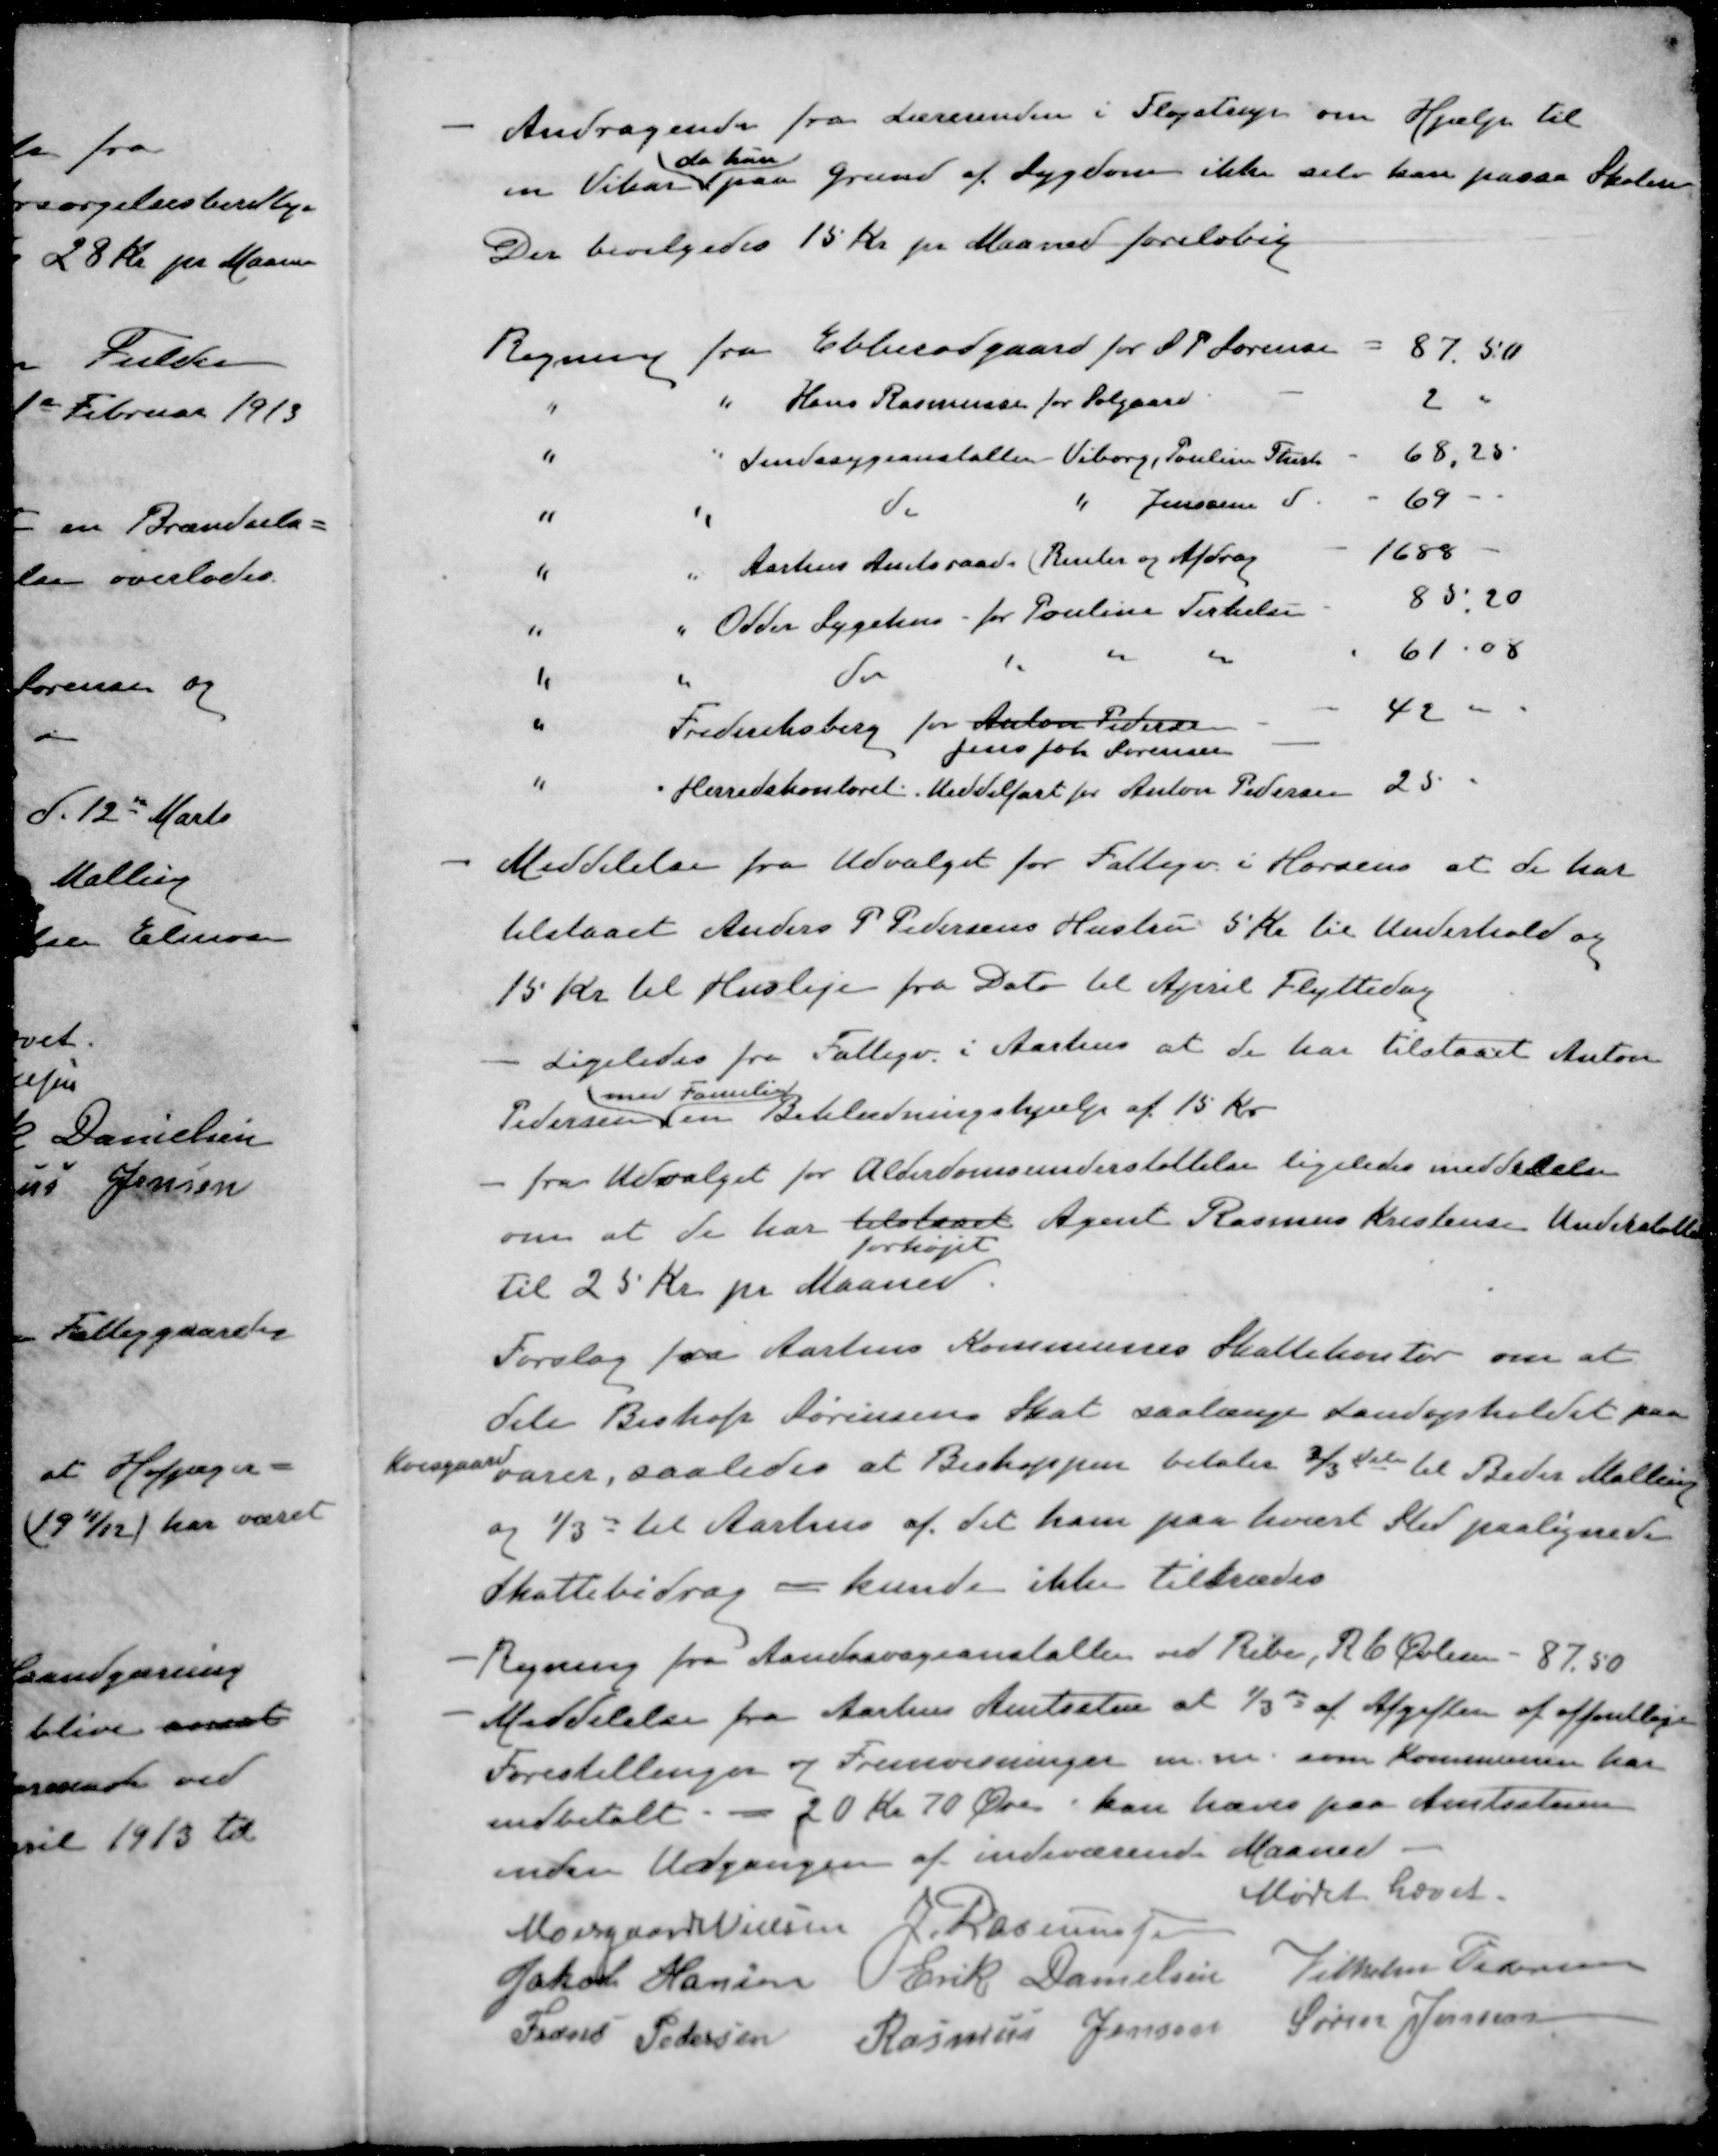
Transskription:
Andragende fra Lærerinden i Fløjstrup om Hjælp til
da hun
en Vikar paa Grund af Sygdom ikke selv kan passe Skolen
Der bevilgedes 15 Kr pr Maaned foreløbig
Regning fra Ebberødgaard for S P Sørensen =  87.50
" " Hans Rasmussen for Solgaard 2
" " Sindssygeanstalten Viborg, Pouline Thista 68,25
" " do " Jensine d 69
" " Aarhus Amtsraad (Renter og Afdrag 1688
" " Odder Sygehus - for Pouline Terkelsen 85,20
" " do " " " 61.08
" Frederiksberg for Anton Pedersen 42
Jens Johs Sørensen
" " Herredskontoret Meddelfart for Anton Pedersen 25
- Meddelelse fra Udvalget for Fattigv. i Horsens at de har
tilstaaet Anders P Pedersens Hustru 5 Kr til Underhold og
15 Kr. til Husleje fra Dato til April Flyttedag
- Ligeledes fra Fattigv. i Aarhus at de har tilstaaet Anton
med Familie
Pedersen en Beklædningshjælp af 15 Kr
- fra Udvalget for Alderdomsunderstøttelse ligeledes meddelelse
om at de har tilstaaet Agent Rasmus Kristensen Understøtte
forhøjet
til 25 Kr pr Maaned.
Forslag fra Aarhus Kommunes Skattekontor om at
dele Biskop Sørensens Skat saalænge Landopholdet paa
Kvisgaard
varer, saaledes at Biskoppen betaler 2/3dele til Beder Malling
og 1/3del til Aarhus af det ham paa hvert Sted paalignede
Skattebidrag - kunde ikke tiltrædes
- Regning fra Aandssvageanstalten ved Ribe, R C Øvlisen - 87,50
- Meddelelse fra Aarhus Amtsstue at 1/3 af Afgiften af offentlige
Forestillinger og Fremvisninger m.m. som Kommunen har
indbetalt - 20 Kr. 70 Øre kan hæves paa Amtsstuen
inden Udgangen af indeværende Maaned.
Mødet hævet.
Moesgaard Nielsen
J Rasmussen
Jakob Hansen
Erik Danielsen
Vilhelm Pedersen
Frans Pedersen
Rasmus Jensen
Søren Jensen